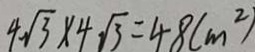
4 \sqrt { 3 } \times 4 \sqrt { 3 } = 4 8 ( m ^ { 2 } )